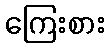
ကြေးစား